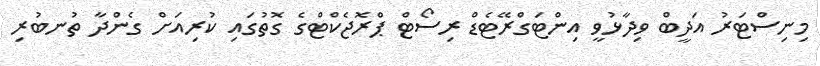
މިނިސްޓަރު އަދީބް ވިދާޅުވީ އިންޓަގްރޭޓެޑް ރިސޯޓް ޕްރޮޖެކްޓްގެ ގޮތުގައި ކުރިއަށް ގެންދާ ތުނބުރި